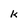
Character: k